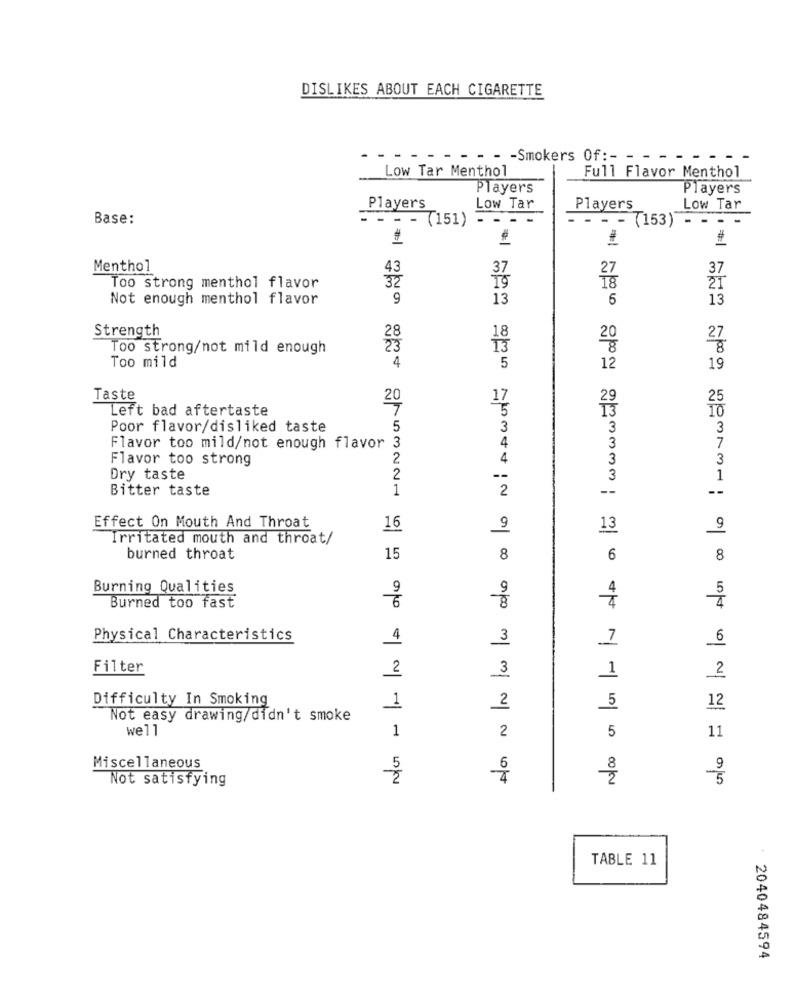
DISLIKES ABOUT EACH CIGARETTE
- - - Smokers Of :- - - -
Low Tar Menthol
Full Flavor Menthol
Players
Players
Players
Low Tar
Players
Low Tar
Base:
- - - (151) - - - -
- - - (153) - - -
1 #=1
Menthol
43
37
32
27
Too strong menthol flavor
Not enough menthol flavor
9
13
6
13
Strength
28
18
20
Too strong/not mild enough
13
Too mild
4
5
12
19
Taste
20
17
25
Left bad aftertaste
5
13
Poor flavor/disliked taste
5
3
3
3
Flavor too mild/not enough flavor 3
4
3
7
Flavor too strong
2
4
3
3
Dry taste
2
--
3
1
Bitter taste
1
2
--
--
Effect On Mouth And Throat
16
9
13
9
Irritated mouth and throat/
burned throat
15
8
6
8
Burning Qualities
9
9
4
6
4
Burned too fast
Physical Characteristics
4
3
7
6
Filter
2
3
1
2
Difficulty In Smoking
1
2
5
12
Not easy drawing/didn't smoke
well
1
2
5
11
Miscellaneous
5
Not satisfying
TABLE 11
2040484594